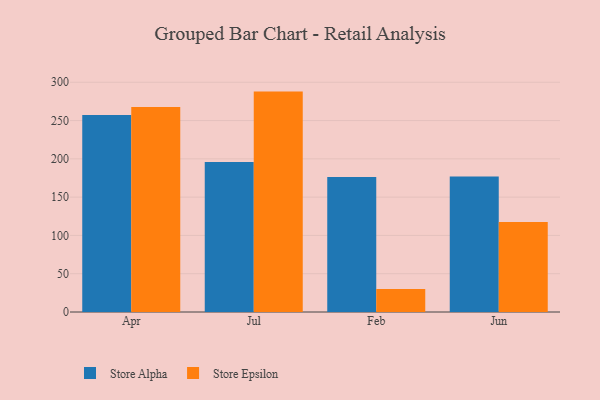
{"axis": {"x": "Month", "y": "Revenue (USD Million)"}, "legend": ["Store Alpha", "Store Epsilon"], "data": [{"x": "Apr", "y": 257.3, "type": "Store Alpha"}, {"x": "Apr", "y": 267.7, "type": "Store Epsilon"}, {"x": "Jul", "y": 195.8, "type": "Store Alpha"}, {"x": "Jul", "y": 287.8, "type": "Store Epsilon"}, {"x": "Feb", "y": 176.3, "type": "Store Alpha"}, {"x": "Feb", "y": 29.9, "type": "Store Epsilon"}, {"x": "Jun", "y": 176.9, "type": "Store Alpha"}, {"x": "Jun", "y": 117.6, "type": "Store Epsilon"}]}